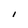
Character: I